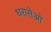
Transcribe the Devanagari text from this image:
धरासेओ